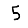
Digit: 5